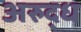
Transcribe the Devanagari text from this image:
अरुद्ध